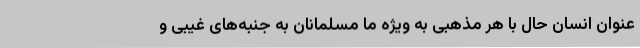
عنوان انسان حال با هر مذهبی به ویژه ما مسلمانان به جنبه‌های غیبی و